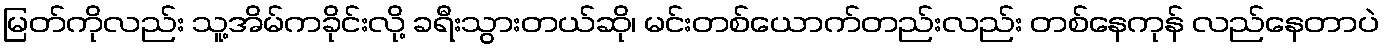
မြတ်ကိုလည်း သူ့အိမ်ကခိုင်းလို့ ခရီးသွားတယ်ဆို၊ မင်းတစ်ယောက်တည်းလည်း တစ်နေကုန် လည်နေတာပဲ